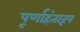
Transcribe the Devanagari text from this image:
पूर्णाहंतारूप